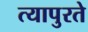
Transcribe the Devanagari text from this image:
त्यापुरते